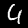
Digit: 4